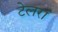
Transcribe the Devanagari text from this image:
टेलरां